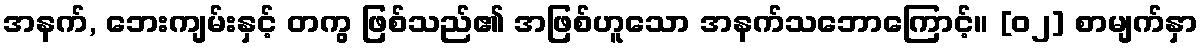
အနက်, ဘေးကျမ်းနှင့် တကွ ဖြစ်သည်၏ အဖြစ်ဟူသော အနက်သဘောကြောင့်။ [၀၂] စာမျက်နှာ